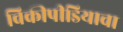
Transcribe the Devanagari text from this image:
विकीपीडियाचा